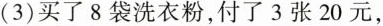
广(3)买了8袋洗衣粉，付了3张20元，